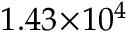
1 . 4 3 \! \times \! 1 0 ^ { 4 }